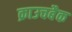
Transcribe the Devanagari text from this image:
क्राउचबैक